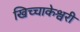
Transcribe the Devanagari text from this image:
खिच्चाकेश्वरी